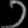
Digit: ၁